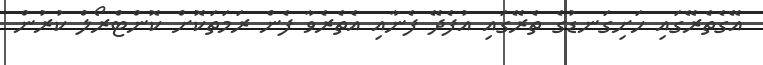
އޭގެތެރޭގައި ހަށިގަނޑުގެ ތެރޭގައި އުފެދޭ ފެނާއި އެތެރެވާ ފެން ރަމަތަކޮށް ކޮންޓްރޯލް ކުރުން